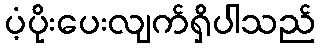
ပံ့ပိုးပေးလျက်ရှိပါသည်